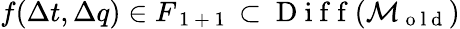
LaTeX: f(\Delta t,\Delta q)\in F_{\mathrm{~1~+~1~}}\subset\mathrm{~D~i~f~f~}(\mathcal{M}_{\mathrm{~o~l~d~}})